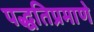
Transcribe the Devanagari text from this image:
पद्धतिप्रमाणे